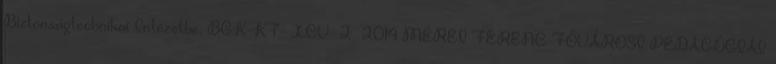
Biztonságtechnikai Intézetbe. BGK-KT- XCV 2 2014 MÉREI FERENC FŐVÁROSI PEDAGÓGIAI